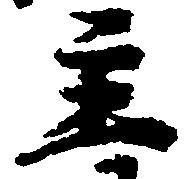
主